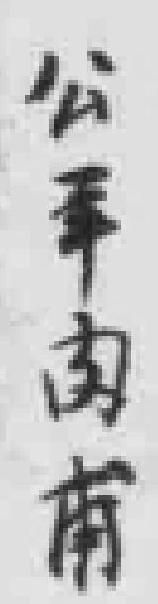
公*甫